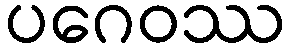
ပဂေဝဿ